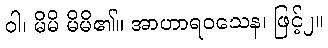
ဝါ၊ မိမိ မိမိ၏။ အာဟာရဝသေန၊ ဖြင့်၂။